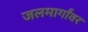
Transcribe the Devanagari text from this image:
जलमार्गांवर